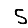
Digit: 5